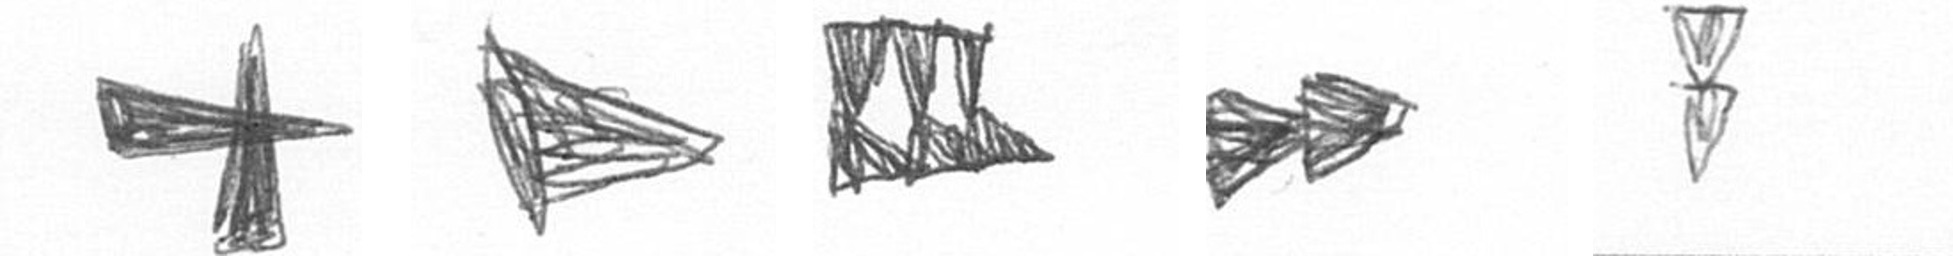
G T D A Z